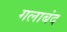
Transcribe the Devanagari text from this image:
गलाबंद